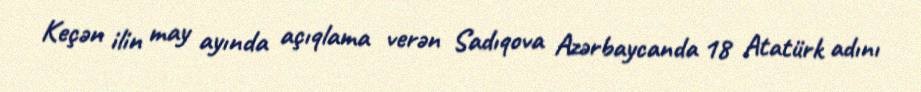
Keçən ilin may ayında açıqlama verən Sadıqova Azərbaycanda 18 Atatürk adını